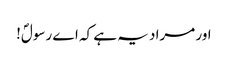
اور مراد یہ ہے کہ اے رسولؐ!